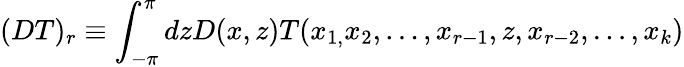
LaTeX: (DT)_{r}\equiv\int_{-\pi}^{\pi}dzD(x,z)T(x_{1,}x_{2},\ldots,x_{r-1},z,x_{r-2},\ldots,x_{k})